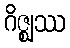
ဂိဇ္ဈဿ